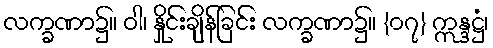
လက္ခဏာ၌။ ဝါ၊ နှိုင်းချိန်ခြင်း လက္ခဏာ၌။ {၀၇} ဣန္ဒဋ္ဌံ၊